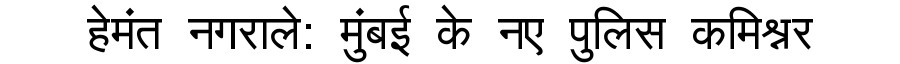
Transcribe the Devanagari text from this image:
हेमंत नगराले: मुंबई के नए पुलिस कमिश्नर